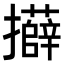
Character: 𭣍